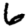
Digit: 6